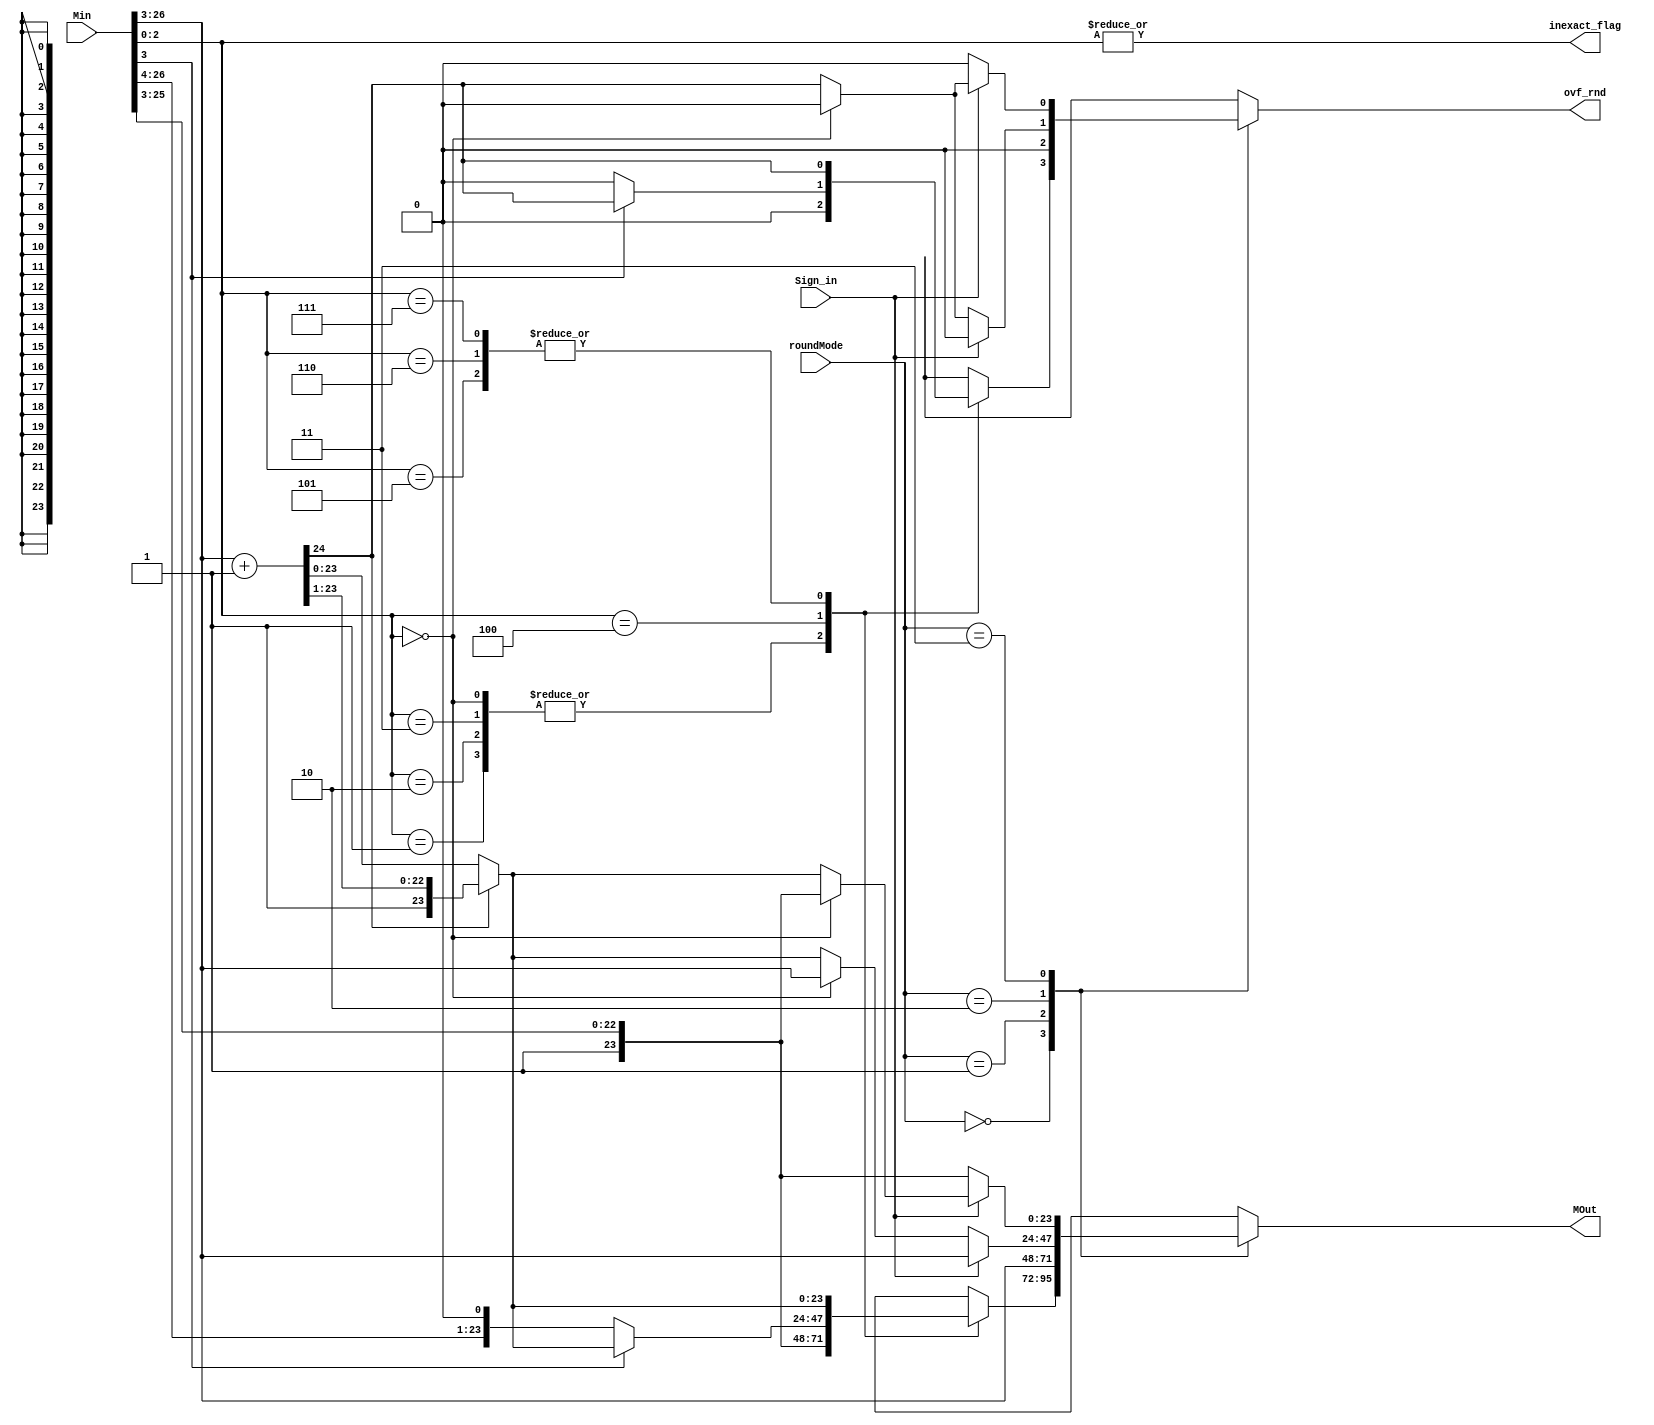
module ROUND # (
parameter	Significant_WD = 23 ,
parameter	roundmodeReg_WD=2   
)
////////////////////////////////////////////////////////////
//////////// Input and output port decleration /////////////
////////////////////////////////////////////////////////////
(
input	wire 	[Significant_WD+3:0] Min   ,  //operands significand in + 3 guard bits
input	wire	[roundmodeReg_WD-1:0] roundMode,
		
input		Sign_in ,
output	reg		[Significant_WD:0] MOut  , //24 bits
output	reg				ovf_rnd,inexact_flag 
) ;
parameter	toNearest	= 2'b 00 ,
			toZero 		= 2'b 01 ,
			toPinf		= 2'b 10 , //to plus inf
			toMinf		= 2'b 11 ; //to minus inf	

////////////////////////////////////////////////////////////
//////////////////////Internal signals//////////////////////
////////////////////////////////////////////////////////////
wire [2:0] guard_bits ;
reg hidden ;
reg [22:0]internal_mantessa; //23bits
assign guard_bits=Min[2:0] ; 
////////////////////////////////////////////////////////////
////////////////////////  behaviour ////////////////////////
////////////////////////////////////////////////////////////
always@ (*)
	begin
		inexact_flag = | guard_bits ; 
		ovf_rnd= 1'b0 ;
		hidden = 1;
		case (roundMode)
		
		toNearest:
			begin
				case(guard_bits)
				3'b 000 :
					begin
						internal_mantessa=Min[Significant_WD+2:3] ;
						MOut = {1'b1 , internal_mantessa};
						hidden = 1;
					end
				3'b 001 :
					begin
						internal_mantessa=Min[Significant_WD+2:3] ;
						MOut = {1'b1 , internal_mantessa};
						hidden = 1;
					end
				3'b 010 :
					begin
						internal_mantessa=Min[Significant_WD+2:3] ;
						MOut = {1'b1 , internal_mantessa};
						hidden = 1;
					end
				3'b 011 :
					begin
						internal_mantessa=Min[Significant_WD+2:3] ;
						MOut = {1'b1 , internal_mantessa};
						hidden = 1;
					end
				3'b 100 :
					begin
						if (Min[3])
							begin
							{ovf_rnd,hidden,internal_mantessa}=Min[Significant_WD+3:3] + 1'b1 ;
							if(ovf_rnd)
								begin
									MOut = {1'b1 , hidden , internal_mantessa[22:1]};	
								end
							else
								begin
									MOut = {hidden , internal_mantessa};
								end
							end
						else 
							begin
							internal_mantessa=Min[Significant_WD+2:3] ;
							MOut = {Min[26] , internal_mantessa};
							end
					end
				3'b 101 :
					begin
						{ovf_rnd,hidden,internal_mantessa}=Min[Significant_WD+3:3] + 1'b1 ;
						if(ovf_rnd)
							begin
								MOut = {1'b1 , hidden , internal_mantessa[22:1]};	
							end
						else
							begin
								MOut = {hidden , internal_mantessa};
							end
					end
				3'b 110 :
					begin
						{ovf_rnd,hidden,internal_mantessa}=Min[Significant_WD+3:3] + 1'b1 ;
						if(ovf_rnd)
							begin
								MOut = {1'b1 , hidden , internal_mantessa[22:1]};	
							end
						else
							begin
								MOut = {hidden , internal_mantessa};
							end
					end
				3'b 111 :
					begin
						{ovf_rnd,hidden,internal_mantessa}=Min[Significant_WD+3:3] + 1'b1 ;
						if(ovf_rnd)
							begin
								MOut = {1'b1 , hidden , internal_mantessa[22:1]};	
							end
						else
							begin
								MOut = {hidden , internal_mantessa};
							end
					end
				endcase
			end
		toZero : 
			begin
				internal_mantessa=Min[Significant_WD+2:3] ;
				MOut = {Min[26] , internal_mantessa};
			end
		
		toPinf:
			begin
				if (Sign_in)
					begin
					internal_mantessa=Min[Significant_WD+2:3] ;
					MOut = {Min[26] , internal_mantessa};
					end
				else
					begin
						
						case(guard_bits)
							3'b 000:
								begin
								 internal_mantessa=Min[Significant_WD+2:3] ;
								 MOut = {Min[26] , internal_mantessa};
								end
							default:
								begin
								{ovf_rnd,hidden,internal_mantessa}=Min[Significant_WD+3:3] + 1'b1 ;
								if(ovf_rnd)
									begin
										MOut = {1'b1 , hidden , internal_mantessa[22:1]};	
									end
								else
									begin
										MOut = {hidden , internal_mantessa};
									end
								end
						endcase
					end
			end
		toMinf:
			begin
				if (Sign_in==1'b0)
					begin
						internal_mantessa=Min[Significant_WD+2:3] ;
						MOut = {1'b1 , internal_mantessa};
						hidden = 1;
					end
				else
					begin
						
						case(guard_bits)
							3'b 000:
								begin
								 internal_mantessa=Min[Significant_WD+2:3] ;
								 MOut = {1'b1 , internal_mantessa};
								 hidden = 1;
								end
							default:
								begin
								{ovf_rnd,hidden,internal_mantessa}=Min[Significant_WD+3:3] + 1'b1 ;
								if(ovf_rnd)
									begin
										MOut = {1'b1 , hidden , internal_mantessa[22:1]};	
									end
								else
									begin
										MOut = {hidden , internal_mantessa};
									end
								end
						endcase
					end
				
			end
			
		endcase
	end

endmodule